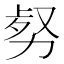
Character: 𠡹